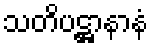
သတိပဋ္ဌာနာနံ